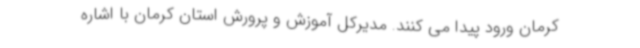
کرمان ورود پیدا می کنند. مدیرکل آموزش و پرورش استان کرمان با اشاره